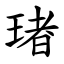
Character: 琽